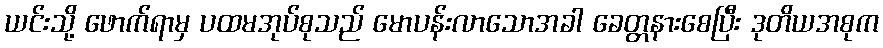
ယင်းသို့ ဖောက်ရာမှ ပထမအုပ်စုသည် မောပန်းလာသောအခါ ခေတ္တနားစေပြီး ဒုတိယအစုက